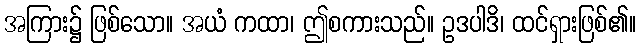
အကြား၌ ဖြစ်သော။ အယံ ကထာ၊ ဤစကားသည်။ ဥဒပါဒိ၊ ထင်ရှားဖြစ်၏။